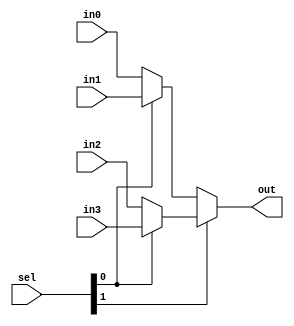


module mux_32_4
  (input [1:0] sel,
   input [31:0] in0,
   input [31:0] in1,
   input [31:0] in2,
   input [31:0] in3,
   output [31:0] out);

   assign 	 out = sel[1] ? (sel[0] ? in3 : in2) : (sel[0] ? in1 : in0);

endmodule // mux_32_4